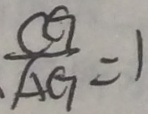
\frac { C G } { A G } = 1